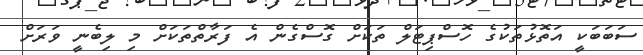
ސަބަބަކީ އަތޮޅުތަކުގެ ހޮސްޕިޓަލް ތަކަށް ގޮސްގެން އެ ފަރާތްތަކަށް މި ލިބެނީ ވަރަށް